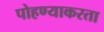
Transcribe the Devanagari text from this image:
पोहण्याकरता